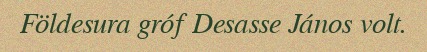
Földesura gróf Desasse János volt.